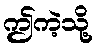
ဤကဲ့သို့